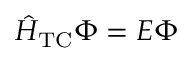
\hat { H } _ { \mathrm { T C } } \Phi = E \Phi